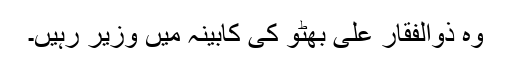
وہ ذوالفقار علی بھٹو کی کابینہ میں وزیر رہیں۔